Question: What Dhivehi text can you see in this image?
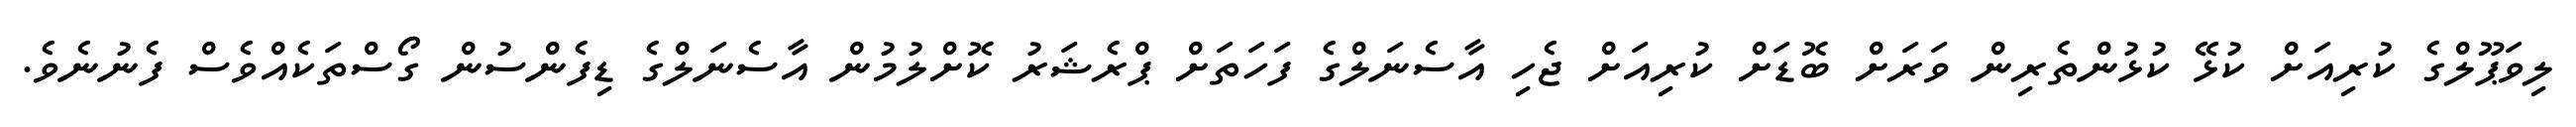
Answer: ލިވަޕޫލްގެ ކުރިއަށް ކުޅޭ ކުޅުންތެރިން ވަރަށް ބޮޑަށް ކުރިއަށް ޖެހި އާސެނަލްގެ ފަހަތަށް ޕްރެޝަރު ކޮށްލުމުން އާސެނަލްގެ ޑިފެންސުން ގޯސްތަކެއްވެސް ފެނުނެވެ.